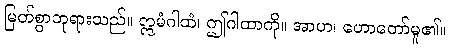
မြတ်စွာဘုရားသည်။ ဣမံဂါထံ၊ ဤဂါထာကို။ အာဟ၊ ဟောတော်မူ၏။